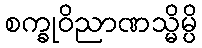
စက္ခုဝိညာဏသ္မိမ္ပိ